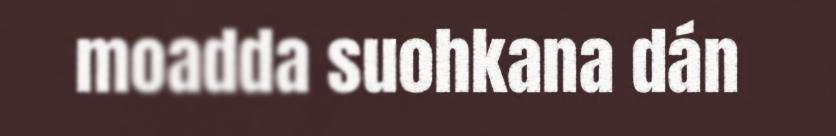
moadda suohkana dán